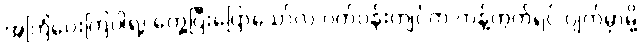
အကြံပေးကြပါရဲ့၊ တွေ့ပြီးပြောသော်လဲ ပတ်ဝန်းကျင်က ကန့်ကွက်ရင် ပျက်မှာမို့